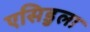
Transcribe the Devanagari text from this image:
एसिडुला